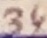
Text: 34